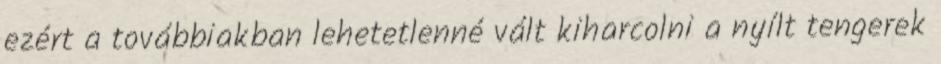
ezért a továbbiakban lehetetlenné vált kiharcolni a nyílt tengerek